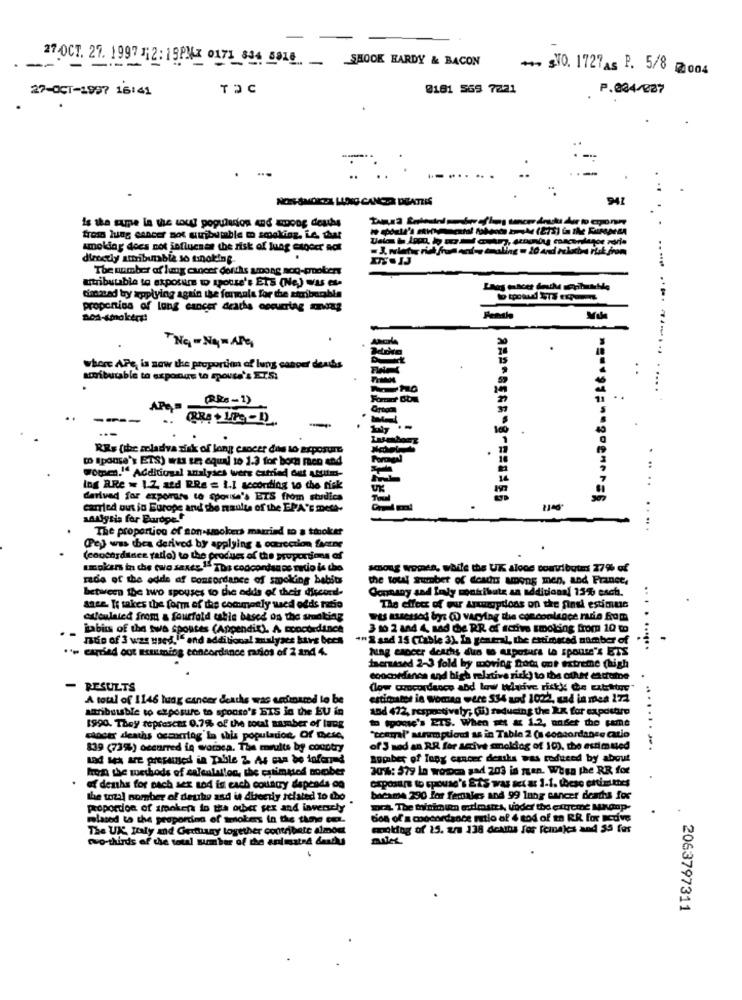
27 OCT. 27. 1997 12: 19PMx 0171 844 SOLO SHOOK HARDY & BACON
-- -
- SVO. 1727As P. 5/8 2004
27-OCT-1997 16:41
TOC
0181 565 7221
P.004/227
..
NOR-SMORZA HLING CANCZA DEATTIS
is the same la the towy population And among deaths
trom lung cancer sot quibumble m smoking, Le thar
smoldag does not joflucaas the risk of Jung esgeer not
directly attribuable so tinoking.
The number of lung cancer dofths among nog-prookers
attributable to exposure to spouse's ETS (Ne) was et
timated by applying again the farala for the sixibamble
proponina of lung cancer deaths occurring mnong
.-- ---.
where APt is now the proportion of lung cancer dents
atributable to exposure to spouse's ETS:
....
(RRs-1)
RRs (the meladva risk of long esocer das lo exposure
.
[ spouse's ETS) was unt equal to 1.3 for bom men and
women."" Additional analyses were carried Out AtItms-
....
ing RRe = 1.2 and RRs = 1.1 according to the risk
derived for exports to spouse's ETS from studies
carried out in Europe and the results of the EPA"E meta-
analysis for Bordpet
The proportion of non-smokers married to a tioker
... .
Pej was thea derived by applying & outrection farne
(concordance gallo) to the product of the proportions of
umpkers in che (uio saxes ... Toa concordance medio is the
among women, while the UK alone convibuts 27%% of
rade of the odde af concordance of smoking bebit
the toul gurbet of deadhus apong men, and France,
between the two spouses to the odds of theis discord-
Gonnany sad foly monkibute an additional 13% each.
sace. It takes the form of the commonly used odds ratio
The effect of our Arunoptions on the final estimus
culoulated from a fourfold takie based on the smoking
was assessed by: (0) vACYing the concoolsoce radio from
habits of the two spoutes (Appendit). A concordance
3 10 2 and 4, sad de RR of active smoking from 10 to
muo of 3 was used.i" and additional muslyacs have becs
"" R and 15 (Table 3), In general, the estimated number of
**- carried out Ecuming concordance marios of 2 and 4.
lung cancer deachs due to aspotura ta spouse's ETS
theresed 2-3 fold by moving not ont extreme high
concedanos and high relative risk) to the other extrame
- RESULTS
(low concordance abd low Wiątive risky @e matter"
A total of 1146 lung cancer deaths was animarod lo be
estimates in Woman were 534 und 1022, and in mea 272
atribuible to exposure to sponso's BIS in the EU in
and 422, respectively; (i) reducing the XX for expostro
...
1990. They represent 0.7% of the total namber of lung
*** 's ETS. When wet = 1.2, under the Fame
woot deaths occurring'in this population, of mese,
"ecemal' strumptout as in Table 2 (a concordance catio
839 (73%) occurred in wombca. The maults by country
of'3 mod an RR for active anoldog of 10), the estimated
Lad MA are prepared in Table Z. As can be informed
number of Tony cancer deasks was reduced by about
ho the methods of salealation, the estimated momber
2016: 579 la women gad 203 is men. When the RR for
exposure to spouse's Êts was set a: 1-1. these erinittes
of deaths for pach sex tod in each country depends on
the total number of deuhy and it directly related to tho
bhcame 290 Jor females and 99 lung cancer deaths for
proportion of smoken to the other sex and inversely
The minimum esdmstes, under the extreme Maanp-
mlased to the proportion of smokers in the thene cer.
dios of a concordance ratio of 4 tod of ta RR for active
The UK. Italy and Gerttany together contribete almost
mmaking of 25. zra 138 deamna for Icina)es and 33 for
two-thirds of the total number of the animated deaths
2063797311